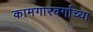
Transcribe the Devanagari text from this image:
कामगारवर्गाच्या